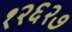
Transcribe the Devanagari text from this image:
१२६२७